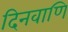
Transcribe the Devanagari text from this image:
दिनवाणि